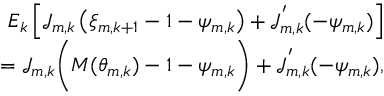
\begin{array} { r } { E _ { k } \left[ \mathcal { J } _ { m , k } \left( \xi _ { m , k + 1 } - 1 - \psi _ { m , k } \right) + \mathcal { J } _ { m , k } ^ { ' } ( - \psi _ { m , k } ) \right] } \\ { = \mathcal { J } _ { m , k } \bigg ( { \cal M } ( \theta _ { m , k } ) - 1 - { \psi } _ { m , k } \bigg ) + \mathcal { J } _ { m , k } ^ { ' } ( - { \psi } _ { m , k } ) , } \end{array}